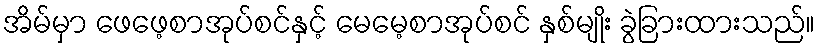
အိမ်မှာ ဖေဖေ့စာအုပ်စင်နှင့် မေမေ့စာအုပ်စင် နှစ်မျိုး ခွဲခြားထားသည်။